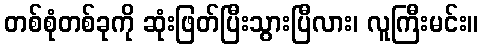
တစ်စုံတစ်ခုကို ဆုံးဖြတ်ပြီးသွားပြီလား၊ လူကြီးမင်း။